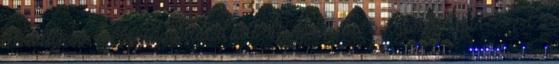
Hős Útja a kollektív tudatalatti mélypszichológiáján alapul, ezért a